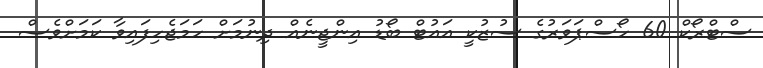
ސްޓްރޯކް 60 ހޯސްޕަވަރުގެ ސުޒުކީ އައުޓް ބޯޑު އިންޖީނެއް ދިނުމަށް ހަމަޖެހިފައިވާ ކަމަށްވެސް